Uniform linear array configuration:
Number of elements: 24
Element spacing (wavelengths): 1
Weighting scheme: cosine
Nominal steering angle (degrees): -15
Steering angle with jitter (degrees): -15.517
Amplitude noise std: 0.05
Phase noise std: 0.05

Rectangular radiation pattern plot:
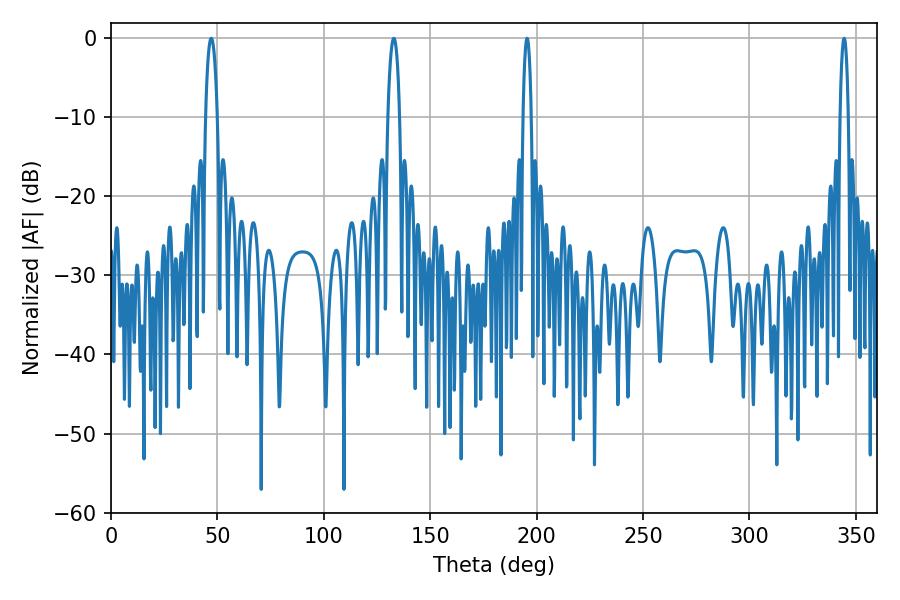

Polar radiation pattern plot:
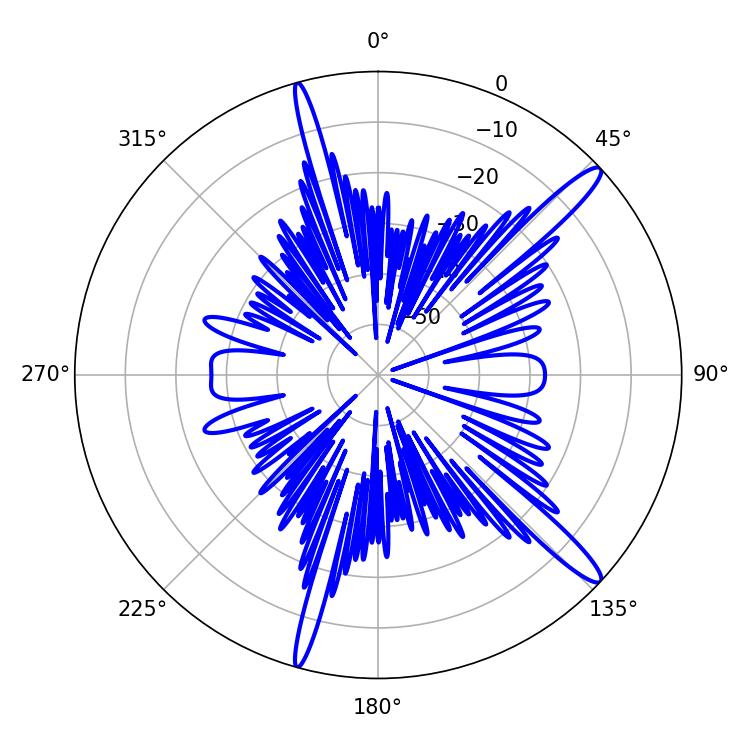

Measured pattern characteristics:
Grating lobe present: TRUE
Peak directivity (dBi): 14.793
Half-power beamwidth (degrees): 2.16
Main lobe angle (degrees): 344.52